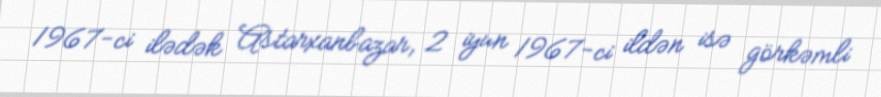
1967-ci ilədək Astarxanbazar, 2 iyun 1967-ci ildən isə görkəmli